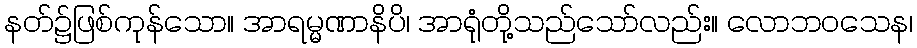
နတ်၌ဖြစ်ကုန်သော။ အာရမ္မဏာနိပိ၊ အာရုံတို့သည်သော်လည်း။ လောဘဝသေန၊